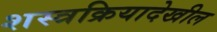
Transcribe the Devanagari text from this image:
शस्त्रक्रियादेखील